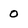
Character: 0